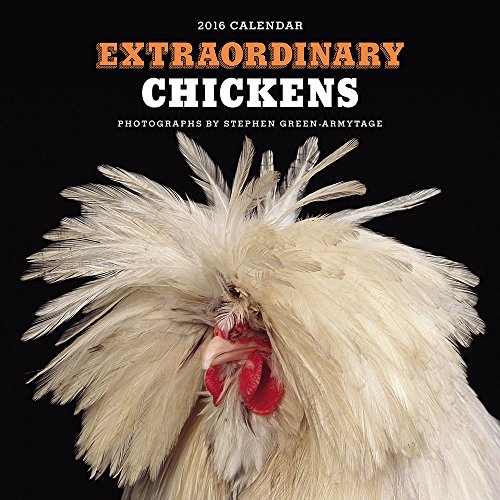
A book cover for Extraordinary Chickens 2016 Wall Calendar; Stephen Green-Armytage; Calendars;